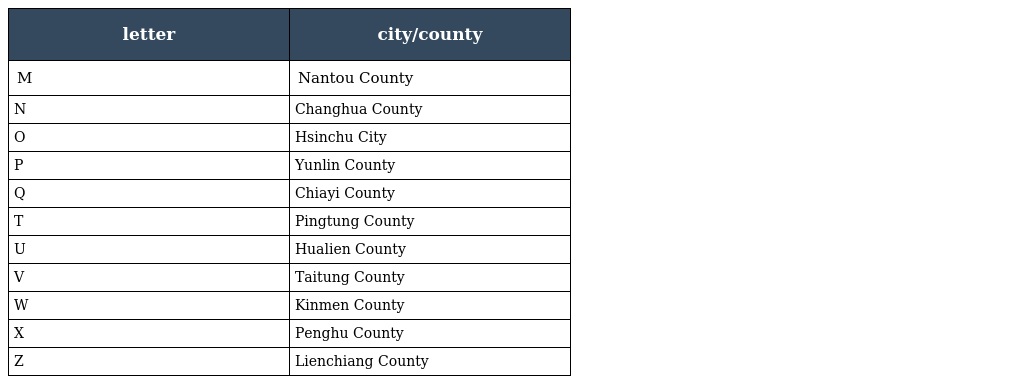
| letter | city/county |
 | --- | --- |
 | M | Nantou County |
 | N | Changhua County |
 | O | Hsinchu City |
 | P | Yunlin County |
 | Q | Chiayi County |
 | T | Pingtung County |
 | U | Hualien County |
 | V | Taitung County |
 | W | Kinmen County |
 | X | Penghu County |
 | Z | Lienchiang County |